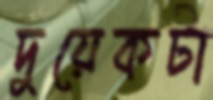
দুয়েকটা